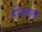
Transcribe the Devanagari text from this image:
भोजनसमयी